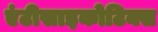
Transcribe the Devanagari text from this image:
एंटीसाइकोटिक्स